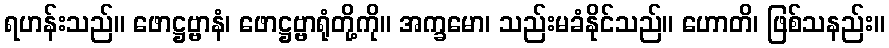
ရဟန်းသည်။ ဖောဋ္ဌဗ္ဗာနံ၊ ဖောဋ္ဌဗ္ဗာရုံတို့ကို။ အက္ခမော၊ သည်းမခံနိုင်သည်။ ဟောတိ၊ ဖြစ်သနည်း။